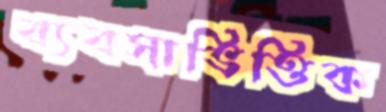
ব্যবসাভিত্তিক